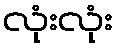
လုံးလုံး